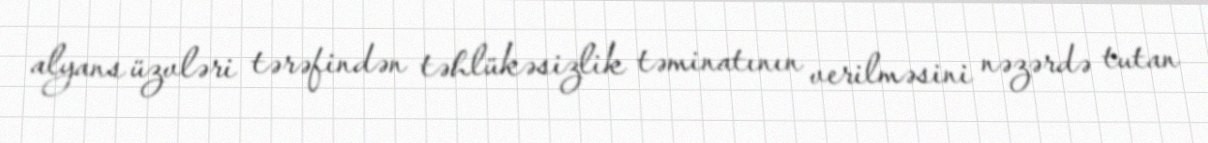
alyans üzvləri tərəfindən təhlükəsizlik təminatının verilməsini nəzərdə tutan